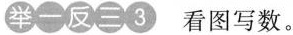
举一反三3 看图写数。